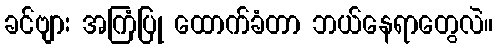
ခင်ဗျား အကြံပြု ထောက်ခံတာ ဘယ်နေရာတွေလဲ။